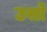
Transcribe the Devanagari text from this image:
उर्सो